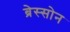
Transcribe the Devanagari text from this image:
ब्रेस्सोन